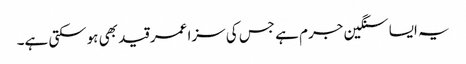
یہ ایسا سنگین جرم ہے جس کی سزا عمر قید بھی ہوسکتی ہے۔